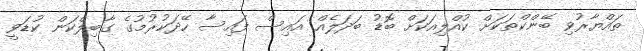
ތައްޔާރުވި ބޭންކްތަކަށް ކުއްލިއަކަށް ބޮޑު ބަދަލެއް އައިސް ފައިސާ ހޭދަކުރުމުގެ ގާބިލްކަން ކުޑަވީ